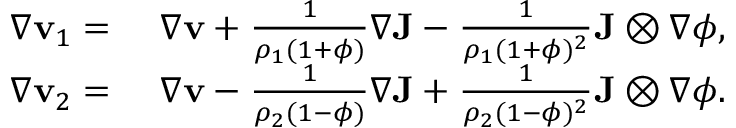
\begin{array} { r l } { \nabla \mathbf { v } _ { 1 } = } & { ~ \nabla \mathbf { v } + \frac { 1 } { \rho _ { 1 } ( 1 + \phi ) } \nabla \mathbf { J } - \frac { 1 } { \rho _ { 1 } ( 1 + \phi ) ^ { 2 } } \mathbf { J } \otimes \nabla \phi , } \\ { \nabla \mathbf { v } _ { 2 } = } & { ~ \nabla \mathbf { v } - \frac { 1 } { \rho _ { 2 } ( 1 - \phi ) } \nabla \mathbf { J } + \frac { 1 } { \rho _ { 2 } ( 1 - \phi ) ^ { 2 } } \mathbf { J } \otimes \nabla \phi . } \end{array}